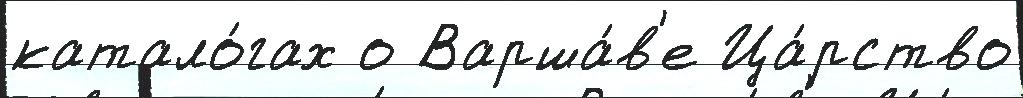
катало́гах о Варша́в'е Ца́рство